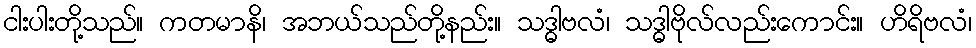
ငါးပါးတို့သည်။ ကတမာနိ၊ အဘယ်သည်တို့နည်း။ သဒ္ဓါဗလံ၊ သဒ္ဓါဗိုလ်လည်းကောင်း။ ဟိရိဗလံ၊